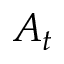
A _ { t }